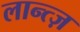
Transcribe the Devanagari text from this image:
लान्त्ज़